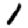
Digit: 1